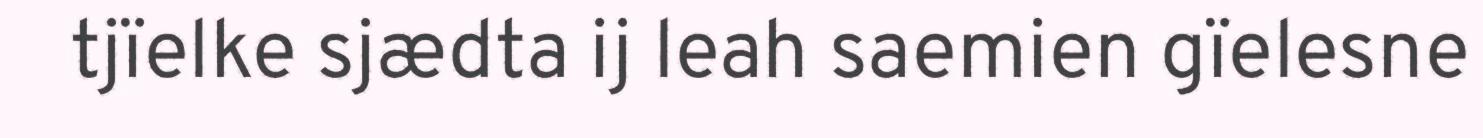
tjïelke sjædta ij leah saemien gïelesne